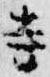
寺